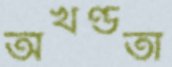
অখণ্ডতা